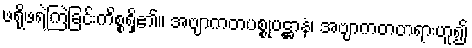
ဖရိုဖရဲကြဲခြင်းကိစ္စရှိ၏။ အဗျာကတပစ္စုပဋ္ဌာနံ၊ အဗျာကတတရားဟူ၍